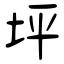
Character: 坪